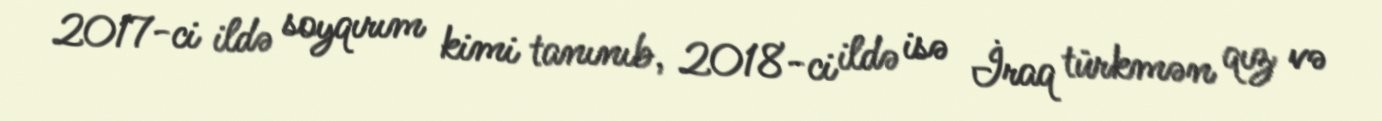
2017-ci ildə soyqırım kimi tanınıb, 2018-ci ildə isə İraq türkmən qız və